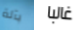
بآلة غالبا